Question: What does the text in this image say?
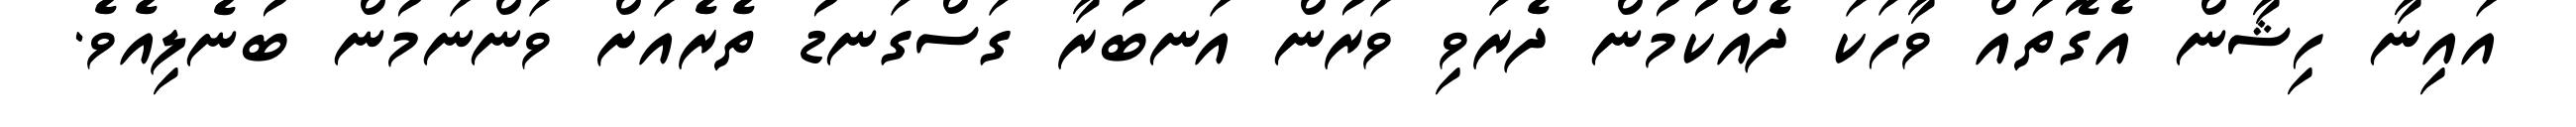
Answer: އައިނާ ހިޝާން އެގޮތައް ވާހަކަ ދެއްކުމުން ދެރަވި ވަރުން އަނބުރާ ގަސްގަނޑު ތެރެއަށް ވަންނަމުން ބުނެލިއެވެ.